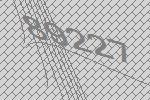
89227